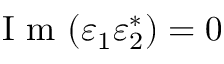
\mathrm { ~ I ~ m ~ } ( \varepsilon _ { 1 } \varepsilon _ { 2 } ^ { * } ) = 0